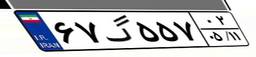
۶۷گ۵۵۷۰۲